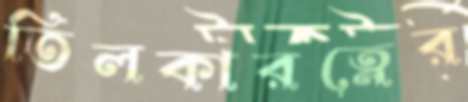
তিলকারত্নের